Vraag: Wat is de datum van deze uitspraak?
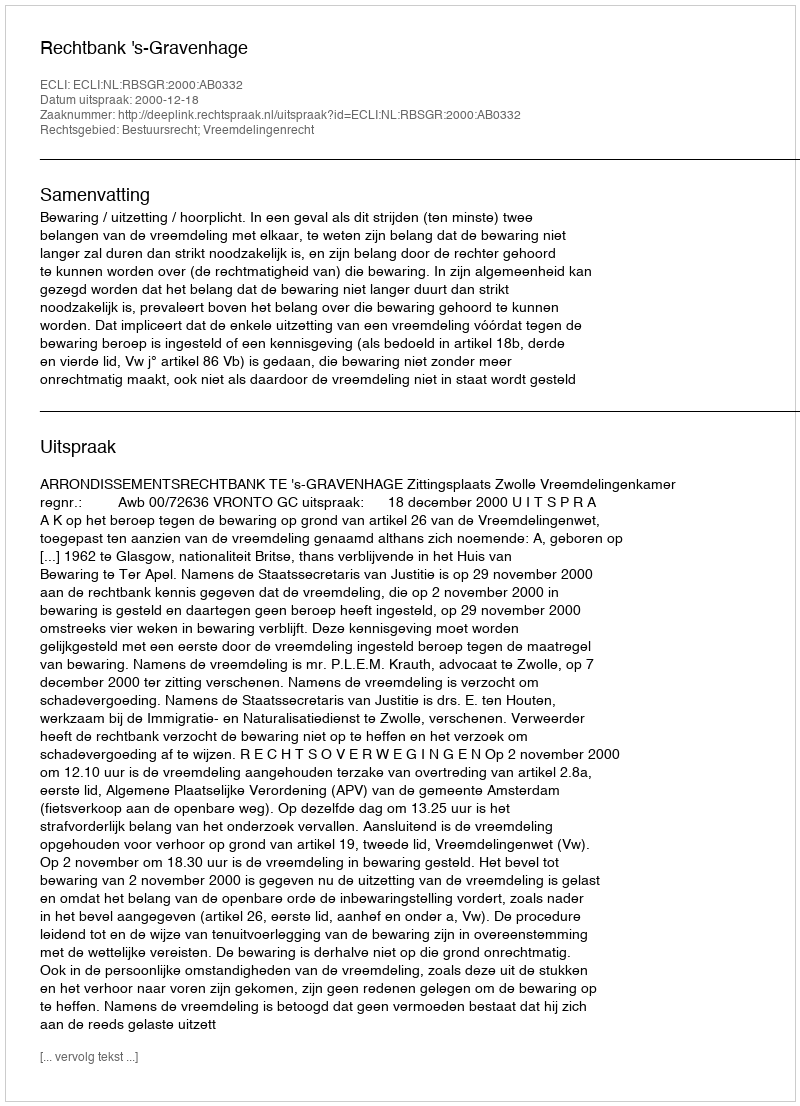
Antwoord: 2000-12-18